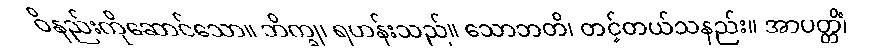
ဝိနည်းကိုဆောင်သော။ ဘိက္ခု၊ ရဟန်းသည်။ သောဘတိ၊ တင့်တယ်သနည်း။ အာပတ္တိံ၊